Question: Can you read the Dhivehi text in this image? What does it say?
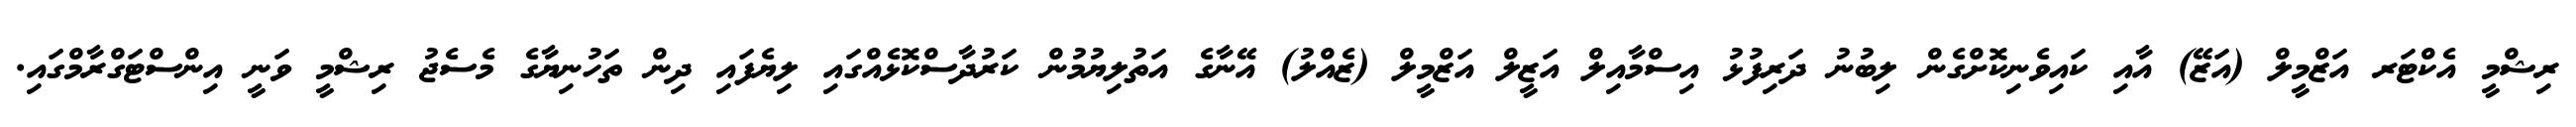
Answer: ރިޝްމީ އެކްޓަރ އަޒްމީލް (އަޒޭ) އާއި ކައިވެނިކޮށްގެން ލިބުނު ދަރިފުޅު އިސްމާއިލް އަޒީލް އަޒްމީލް (ޒެއްލު) އޭނާގެ އަތުލިޔުމުން ކަރުދާސްކޮޅެއްގައި ލިޔެފައި ދިން ތަހުނިޔާގެ މެސެޖު ރިޝްމީ ވަނީ އިންސްޓަގްރާމްގައި.